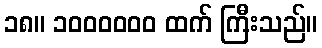
၁၈။ ၁၀၀၀၀၀၀ ထက် ကြီးသည်။